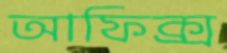
আফিক্স